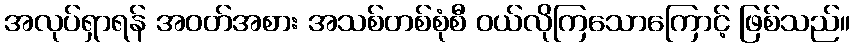
အလုပ်ရှာရန် အဝတ်အစား အသစ်တစ်စုံစီ ဝယ်လိုကြသောကြောင့် ဖြစ်သည်။